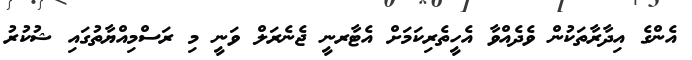
އެންގެ އިދާރާތަކުން ވެދެއްވާ އެހީތެރިކަމަށް އެޓާރނީ ޖެނެރަލް ވަނީ މި ރަސްމިއްޔާތުގައި ޝުކުރު